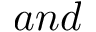
a n d